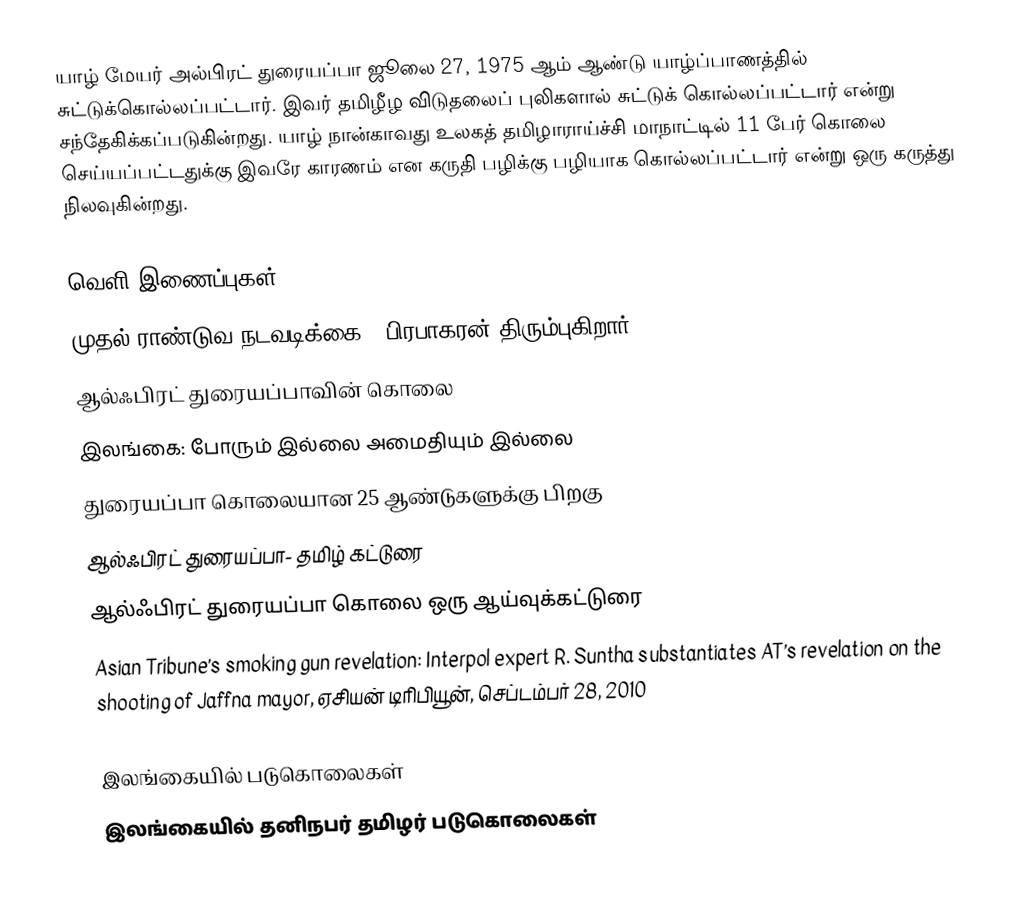
யாழ் மேயர் அல்பிரட் துரையப்பா ஜூலை 27, 1975 ஆம் ஆண்டு யாழ்ப்பாணத்தில் சுட்டுக்கொல்லப்பட்டார். இவர் தமிழீழ விடுதலைப் புலிகளால் சுட்டுக் கொல்லப்பட்டார் என்று சந்தேகிக்கப்படுகின்றது. யாழ் நான்காவது உலகத் தமிழாராய்ச்சி மாநாட்டில் 11 பேர் கொலை செய்யப்பட்டதுக்கு இவரே காரணம் என கருதி பழிக்கு பழியாக கொல்லப்பட்டார் என்று ஒரு கருத்து நிலவுகின்றது.

வெளி இணைப்புகள்
 முதல் ராண்டுவ நடவடிக்கை - பிரபாகரன் திரும்புகிறார்
 ஆல்ஃபிரட் துரையப்பாவின் கொலை
 இலங்கை: போரும் இல்லை அமைதியும் இல்லை
 துரையப்பா கொலையான 25 ஆண்டுகளுக்கு பிறகு
 ஆல்ஃபிரட் துரையப்பா- தமிழ் கட்டுரை
 ஆல்ஃபிரட் துரையப்பா கொலை ஒரு ஆய்வுக்கட்டுரை
 Asian Tribune’s smoking gun revelation: Interpol expert R. Suntha substantiates AT’s revelation on the shooting of Jaffna mayor, ஏசியன் டிரிபியூன், செப்டம்பர் 28, 2010

இலங்கையில் படுகொலைகள்
இலங்கையில் தனிநபர் தமிழர் படுகொலைகள்